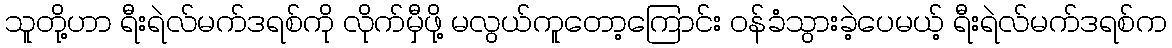
သူတို့ဟာ ရီးရဲလ်မက်ဒရစ်ကို လိုက်မှီဖို့ မလွယ်ကူတော့ကြောင်း ဝန်ခံသွားခဲ့ပေမယ့် ရီးရဲလ်မက်ဒရစ်က